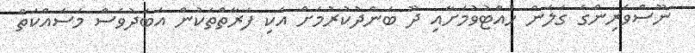
ނޫސްވެރިންގެ ގަލަން ހުއްޓުވުމަށާއި ދޫ ބަންދުކުރުމަށް އެކި ފަރާތްތަކުން އަބަދުވެސް މަސައްކަތް